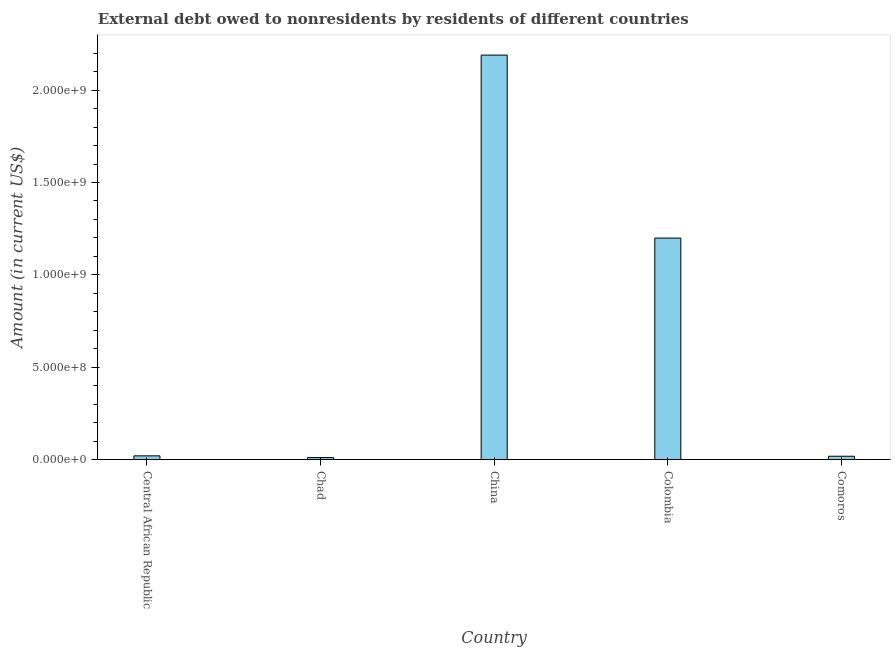
| Country | Debt |
 | --- | --- |
 | Central African Republic | 2.09e+07 |
 | Chad | 1.15e+07 |
 | China | 2.19e+09 |
 | Colombia | 1.2e+09 |
 | Comoros | 1.87e+07 |